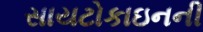
સાયટોકાઇનની